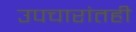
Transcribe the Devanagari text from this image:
उपचारांतही